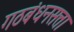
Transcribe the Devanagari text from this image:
गठबंधनसत्ता